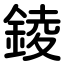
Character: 錂